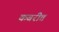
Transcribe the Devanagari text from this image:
कबरीत